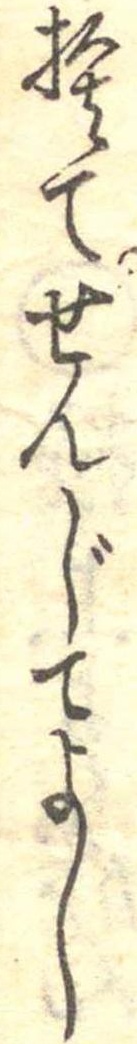
捨てせんじてよし